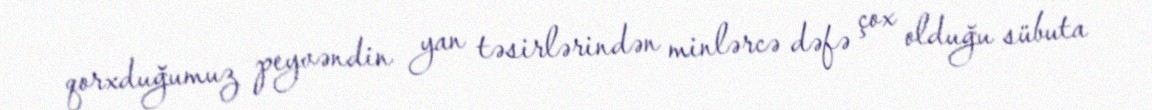
qorxduğumuz peyvəndin yan təsirlərindən minlərcə dəfə çox olduğu sübuta